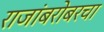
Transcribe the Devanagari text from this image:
राजांबरोबरचा